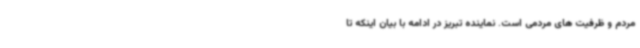
مردم و ظرفیت های مردمی است. نماینده تبریز در ادامه با بیان اینکه تا